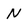
Character: N